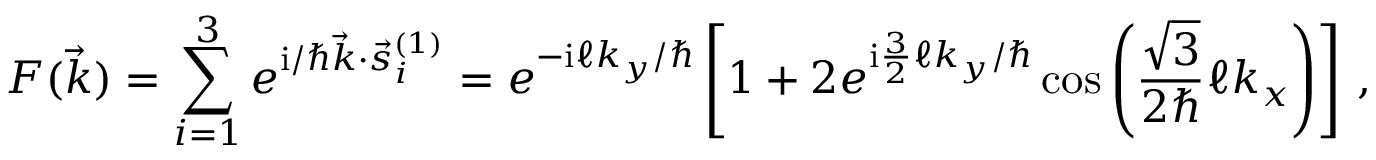
{ \cal F } ( { \vec { k } } ) = \sum _ { i = 1 } ^ { 3 } e ^ { \ensuremath { \mathrm { i } } / \hbar { \vec { k } } \cdot { \vec { s } ^ { ( 1 ) } } _ { i } } = e ^ { - \ensuremath { \mathrm { i } } \ell k _ { y } / \hbar } \left[ 1 + 2 e ^ { \ensuremath { \mathrm { i } } \frac { 3 } { 2 } \ell k _ { y } / \hbar } \cos \left( \frac { \sqrt { 3 } } { 2 \hbar } \ell k _ { x } \right) \right] \, ,